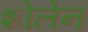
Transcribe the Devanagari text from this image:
शोलेन